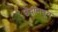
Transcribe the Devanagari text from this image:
छेदांमधून